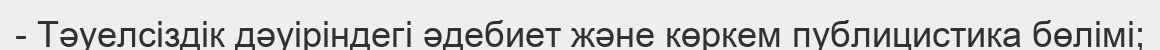
- Тәуелсіздік дәуіріндегі әдебиет және көркем публицистика бөлімі;